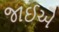
જાઈએ